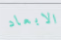
الابعاد